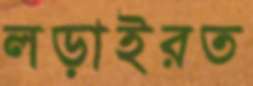
লড়াইরত